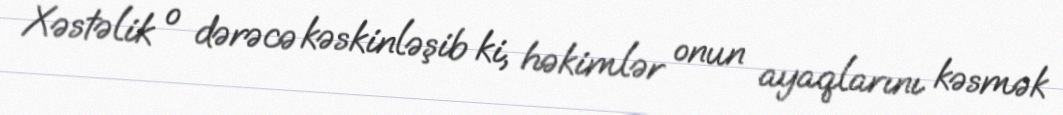
Xəstəlik o dərəcə kəskinləşib ki, həkimlər onun ayaqlarını kəsmək